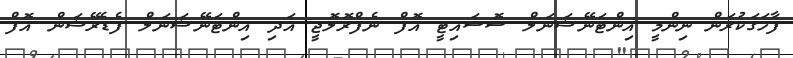
ފާހަގަކުރަން ނިންމީ އިންޓަނޭޝަނަލް ސޮސައިޓީ އޮފް ނެފްރޮލޮޖީ އަދި އިންޓަނޭޝަނަލް ފެޑެރޭޝަން އޮފް